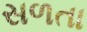
સળતા